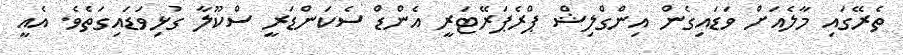
ތެރޭގައި މާލެއަށް ވަޑައިގެން އިންގްލިޝް ޕްރެޕަރޭޓަރީ އެންޑް ސެކަންޑަރީ ސްކޫލާ ގުޅިވަޑައިގަތެވެ. އެއީ